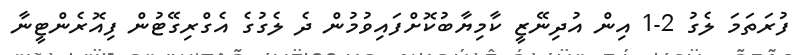
ފުރަތަމަ ލެގު 2-1 އިން އުދިނޭޒީ ކާމިޔާބުކޮށްފައިވުމުން ދެ ލެގުގެ އެގްރިގޭޓުން ފިއޮރެންޓީނާ